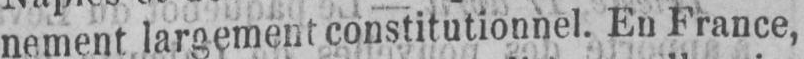
nement largement constitutionnel. En France,